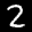
Label: 2